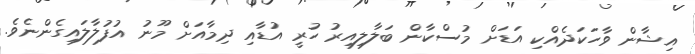
އިޝާން ވާހަކަދެއްކި އަޑަށް މުސްކާން ބަލާލިއިރު ހުރީ އުޑާއި ދިމާއަށް މޫނު އުފުލާލައިގެންނެވެ.